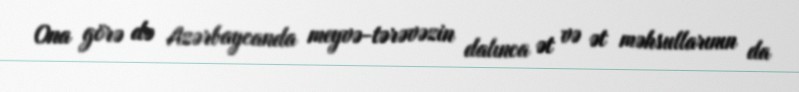
Ona görə də Azərbaycanda meyvə-tərəvəzin dalınca ət və ət məhsullarının da